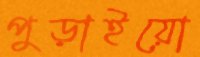
পুড়াইয়ো